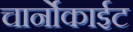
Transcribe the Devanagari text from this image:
चार्नोकाईट